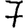
Digit: 7